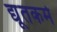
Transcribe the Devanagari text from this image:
द्यूतकर्म